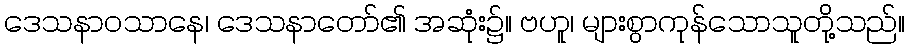
ဒေသနာဝသာနေ၊ ဒေသနာတော်၏ အဆုံး၌။ ဗဟူ၊ များစွာကုန်သောသူတို့သည်။